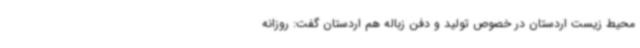
محیط زیست اردستان در خصوص تولید و دفن زباله هم اردستان گفت: روزانه